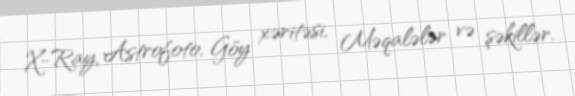
X-Ray, Astrofoto, Göy xəritəsi, Məqalələr və şəkillər.